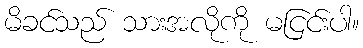
မိခင်သည် သားအလိုကို မငြင်းပါ။